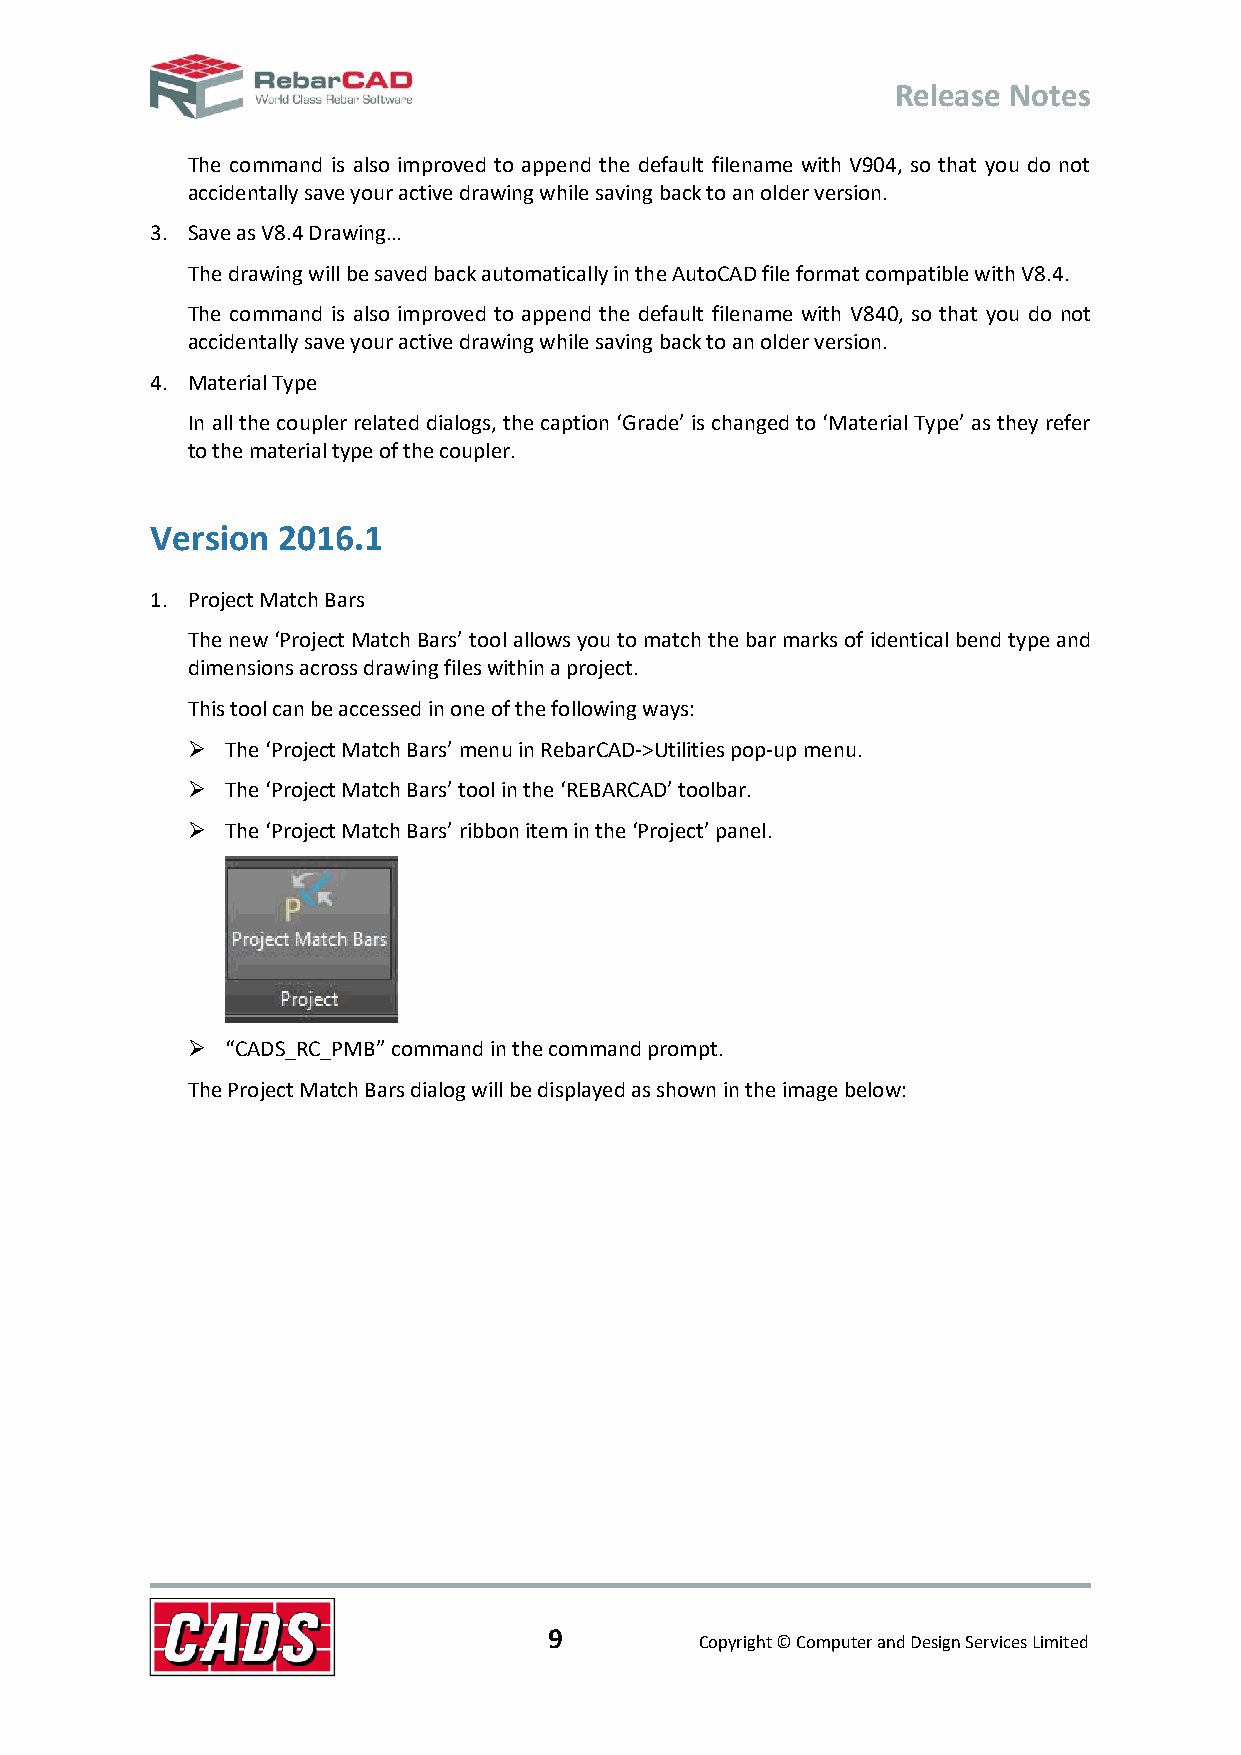
Release Notes
 The command is also improved to append the default filename with V904, so that you do not
 accidentally save your active drawing while saving back to an older version.
 3. Save as V8.4 Drawing…
 The drawing will be saved back automatically in the AutoCAD file format compatible with V8.4.
 The command is also improved to append the default filename with V840, so that you do not
 accidentally save your active drawing while saving back to an older version.
 4. Material Type
 In all the coupler related dialogs, the caption ‘Grade’ is changed to ‘Material Type’ as they refer
 to the material type of the coupler.
 Version 2016.1
 1. Project Match Bars
 The new ‘Project Match Bars’ tool allows you to match the bar marks of identical bend type and
 dimensions across drawing files within a project.
 This tool can be accessed in one of the following ways:
   The ‘Project Match Bars’ menu in RebarCAD->Utilities pop-up menu.
   The ‘Project Match Bars’ tool in the ‘REBARCAD’ toolbar.
   The ‘Project Match Bars’ ribbon item in the ‘Project’ panel.
   “CADS_RC_PMB” command in the command prompt.
 The Project Match Bars dialog will be displayed as shown in the image below:
 9
 Copyright © Computer and Design Services Limited